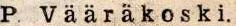
P. Vääräkoski.